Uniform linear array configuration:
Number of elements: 16
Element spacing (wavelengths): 0.75
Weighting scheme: cosine
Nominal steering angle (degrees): -15
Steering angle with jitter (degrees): -16.305
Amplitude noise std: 0.05
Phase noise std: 0.05

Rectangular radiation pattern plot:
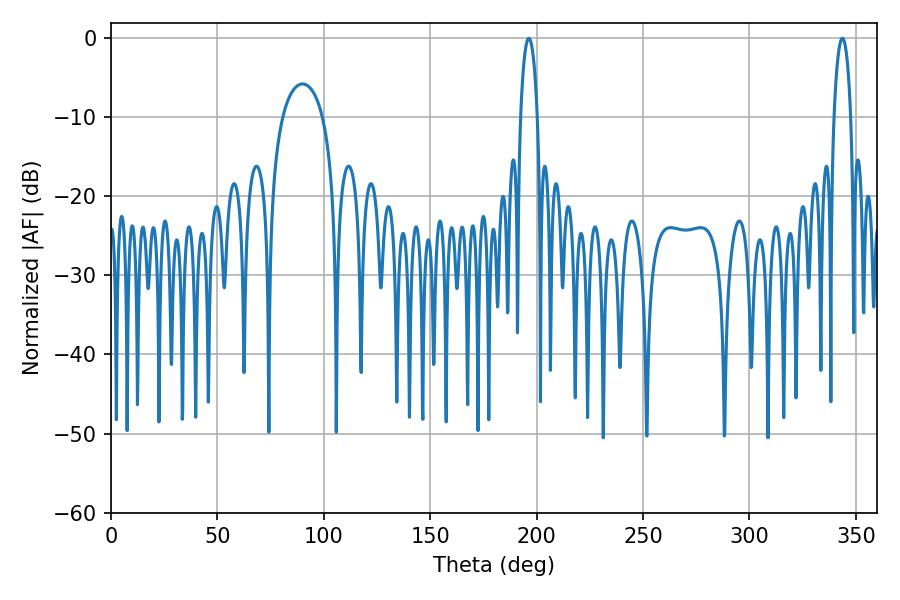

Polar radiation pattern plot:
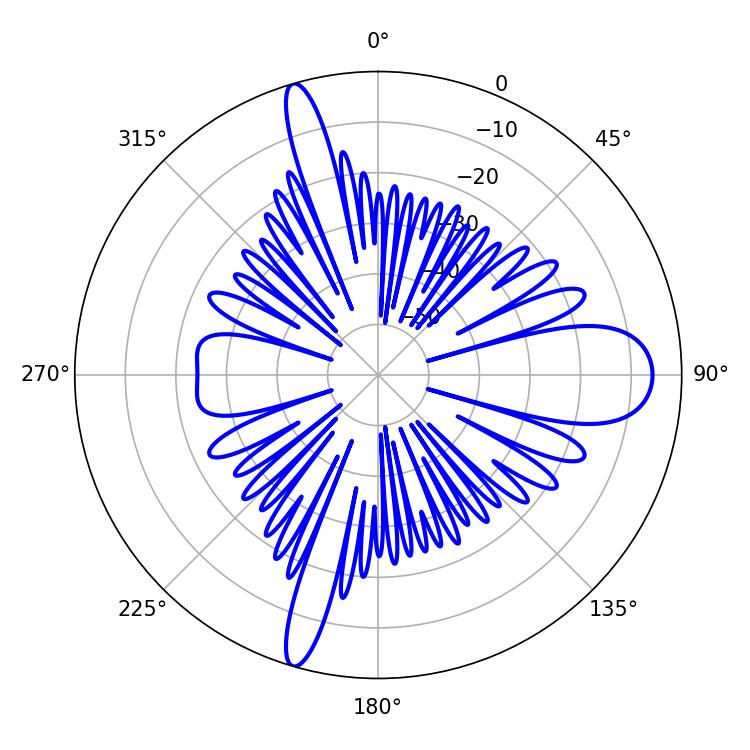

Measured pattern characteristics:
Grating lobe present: TRUE
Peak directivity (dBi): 18.297
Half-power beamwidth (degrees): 4.5
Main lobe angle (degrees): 343.62